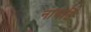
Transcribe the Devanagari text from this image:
नाचति